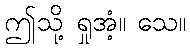
ဤသို့ ရှုအံ့။ သေ။